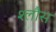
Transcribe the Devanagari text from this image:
श्लौस